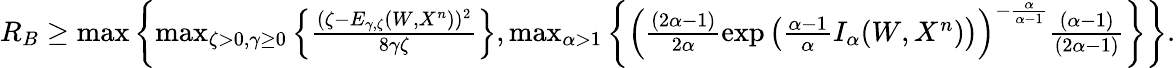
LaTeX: \begin{array}{r}{R_{B}\geq\operatorname*{max}\left\{ \operatorname*{max}_{\zeta>0,\gamma\geq 0}\left\{ \frac{(\zeta-E_{\gamma,\zeta}(W,X^{n}))^{2}}{8\gamma\zeta}\right\} ,\operatorname*{max}_{\alpha>1}\left\{ \left(\frac{(2\alpha-1)}{2\alpha}\exp\left(\frac{\alpha-1}{\alpha}I_{\alpha}(W,X^{n})\right)\right)^{-\frac{\alpha}{\alpha-1}}\frac{(\alpha-1)}{(2\alpha-1)}\right\} \right\} .}\end{array}